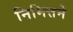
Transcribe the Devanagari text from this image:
निमित्तने